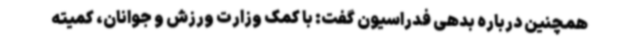
همچنین درباره بدهی فدراسیون گفت: با کمک وزارت ورزش و جوانان، کمیته